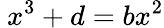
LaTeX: \ x^{3}+d=bx^{2}